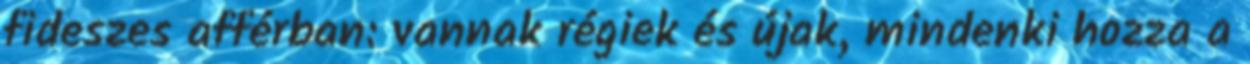
fideszes afférban: vannak régiek és újak, mindenki hozza a